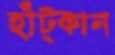
হাঁট্‌কান